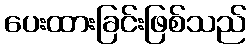
ပေးထားခြင်းဖြစ်သည်